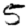
Digit: 5